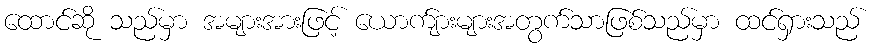
ထောင်ဆို သည်မှာ အများအားဖြင့် ယောက်ျားများအတွက်သာဖြစ်သည်မှာ ထင်ရှားသည်